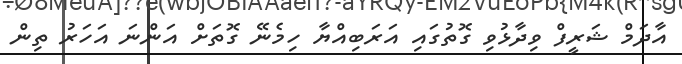
އާދަމް ޝަރީފް ވިދާޅުވި ގޮތުގައި އަރަބިއްޔާ ހިމެނޭ ގޮތަށް އަންނަ އަހަރު ތިން